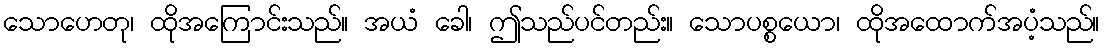
သောဟေတု၊ ထိုအကြောင်းသည်။ အယံ ခေါ၊ ဤသည်ပင်တည်း။ သောပစ္စယော၊ ထိုအထောက်အပံ့သည်။